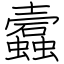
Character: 蠧